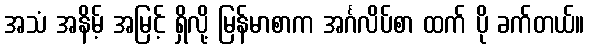
အသံ အနိမ့် အမြင့် ရှိလို့ မြန်မာစာက အင်္ဂလိပ်စာ ထက် ပို ခက်တယ်။